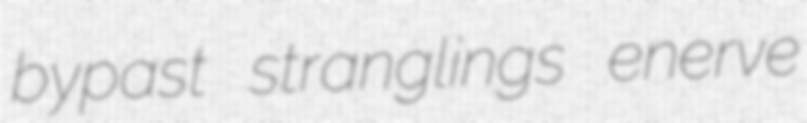
bypast stranglings enerve